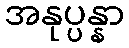
အနုပ္ပန္နာ